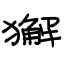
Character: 獬